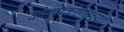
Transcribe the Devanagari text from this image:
कोणाकोणाच्या